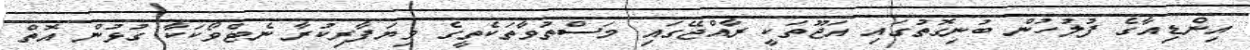
އިންޑިއާގެ ފުލުހުން ބުނިގޮތުގައި އަޖޫތަކީ ރާއްޖޭގައި މަސްތުވާތަކެތީގެ ވިޔަފާރިކުރާ ނެޓްވޯކަކާ ގުޅުން އޮތް